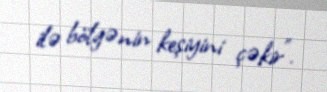
ilə bölgənin keşiyini çəkir”.